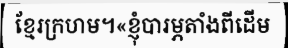
ខ្មែរក្រហម។«ខ្ញុំបារម្ភតាំងពីដើម